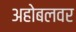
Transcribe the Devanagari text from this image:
अहोबलवर